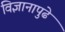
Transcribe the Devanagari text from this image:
विज्ञानापुढे